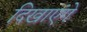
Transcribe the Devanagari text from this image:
दिखाएंगे